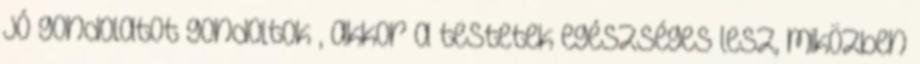
jó gondolatot gondoltok”, akkor a testetek egészséges lesz, miközben